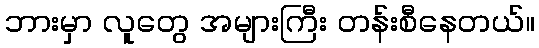
ဘားမှာ လူတွေ အများကြီး တန်းစီနေတယ်။